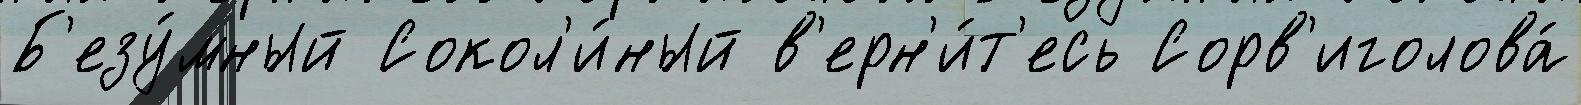
Б'езу́мный Сокол'и́ный в'ерн'и́т'есь Сорв'иголова́